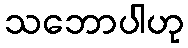
သဘောပါဟု